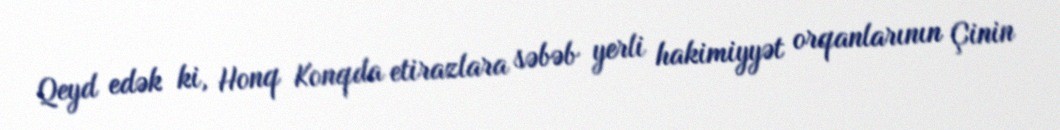
Qeyd edək ki, Honq Konqda etirazlara səbəb yerli hakimiyyət orqanlarının Çinin